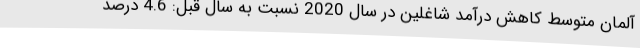
آلمان متوسط کاهش درآمد شاغلین در سال 2020 نسبت به سال قبل: 4.6 درصد